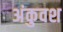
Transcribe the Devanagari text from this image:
अंकुवश